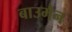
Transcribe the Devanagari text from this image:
बाउमैन